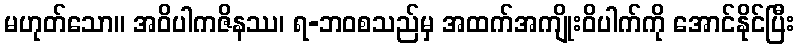
မဟုတ်သော။ အဝိပါကဇိနဿ၊ ရ-ဘဝစသည်မှ အထက်အကျိုးဝိပါက်ကို အောင်နိုင်ပြီး